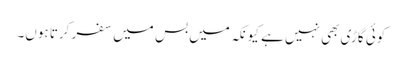
کوئی گاڑی بھی نہیں ہے کیونکہ میں بس میں سفر کرتا ہوں۔